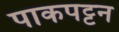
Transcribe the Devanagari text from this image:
पाकपट्टन